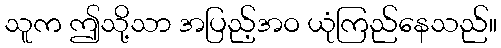
သူက ဤသို့သာ အပြည့်အဝ ယုံကြည်နေသည်။